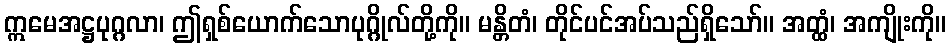
ဣမေအဋ္ဌပုဂ္ဂလာ၊ ဤရှစ်ယောက်သောပုဂ္ဂိုလ်တို့ကို။ မန္တိတံ၊ တိုင်ပင်အပ်သည်ရှိသော်။ အတ္ထံ၊ အကျိုးကို။